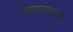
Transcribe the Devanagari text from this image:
भग्‍नावस्‍था